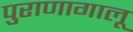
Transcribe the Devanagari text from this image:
पुराणागालू